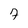
Character: 7